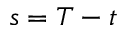
s = T - t